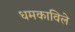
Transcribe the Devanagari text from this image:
धमकाविले